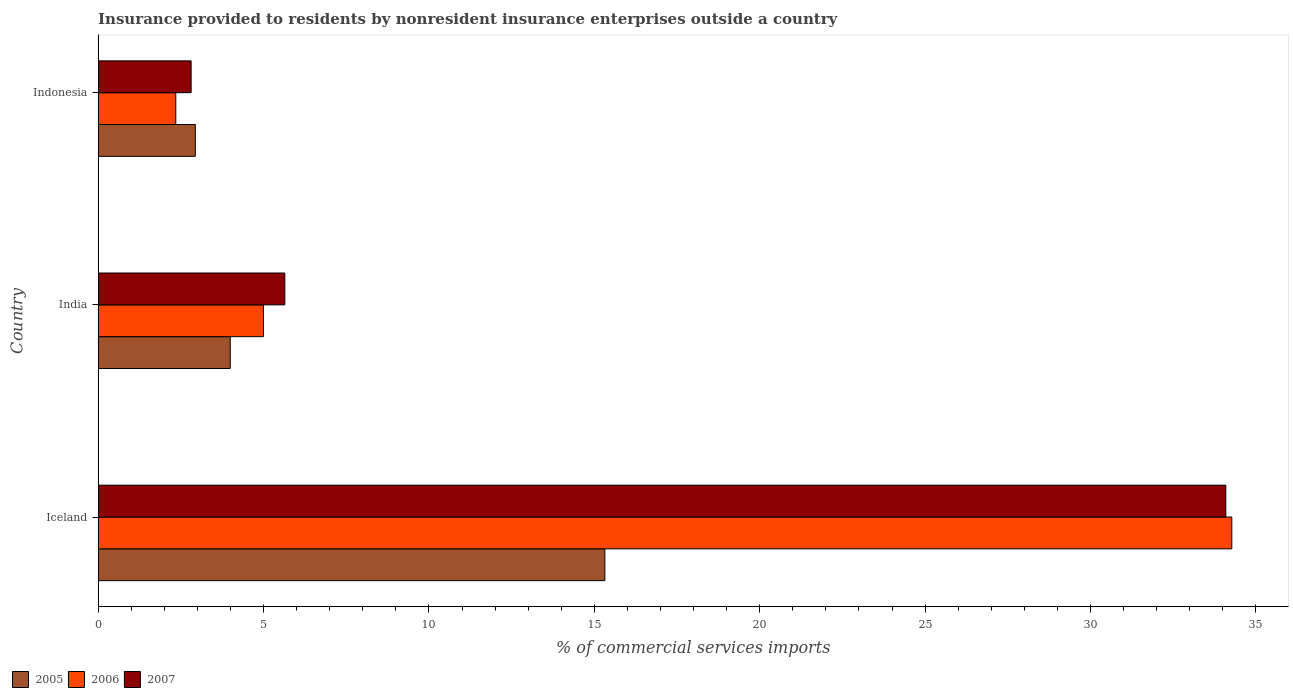
| Country | 2005 | 2006 | 2007 |
 | --- | --- | --- | --- |
 | Iceland | 15.3 | 34.3 | 34.1 |
 | India | 3.99 | 5 | 5.64 |
 | Indonesia | 2.94 | 2.35 | 2.81 |